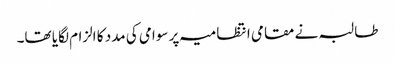
طالبہ نے مقامی انتظامیہ پر سوامی کی مدد کا الزام لگایا تھا۔